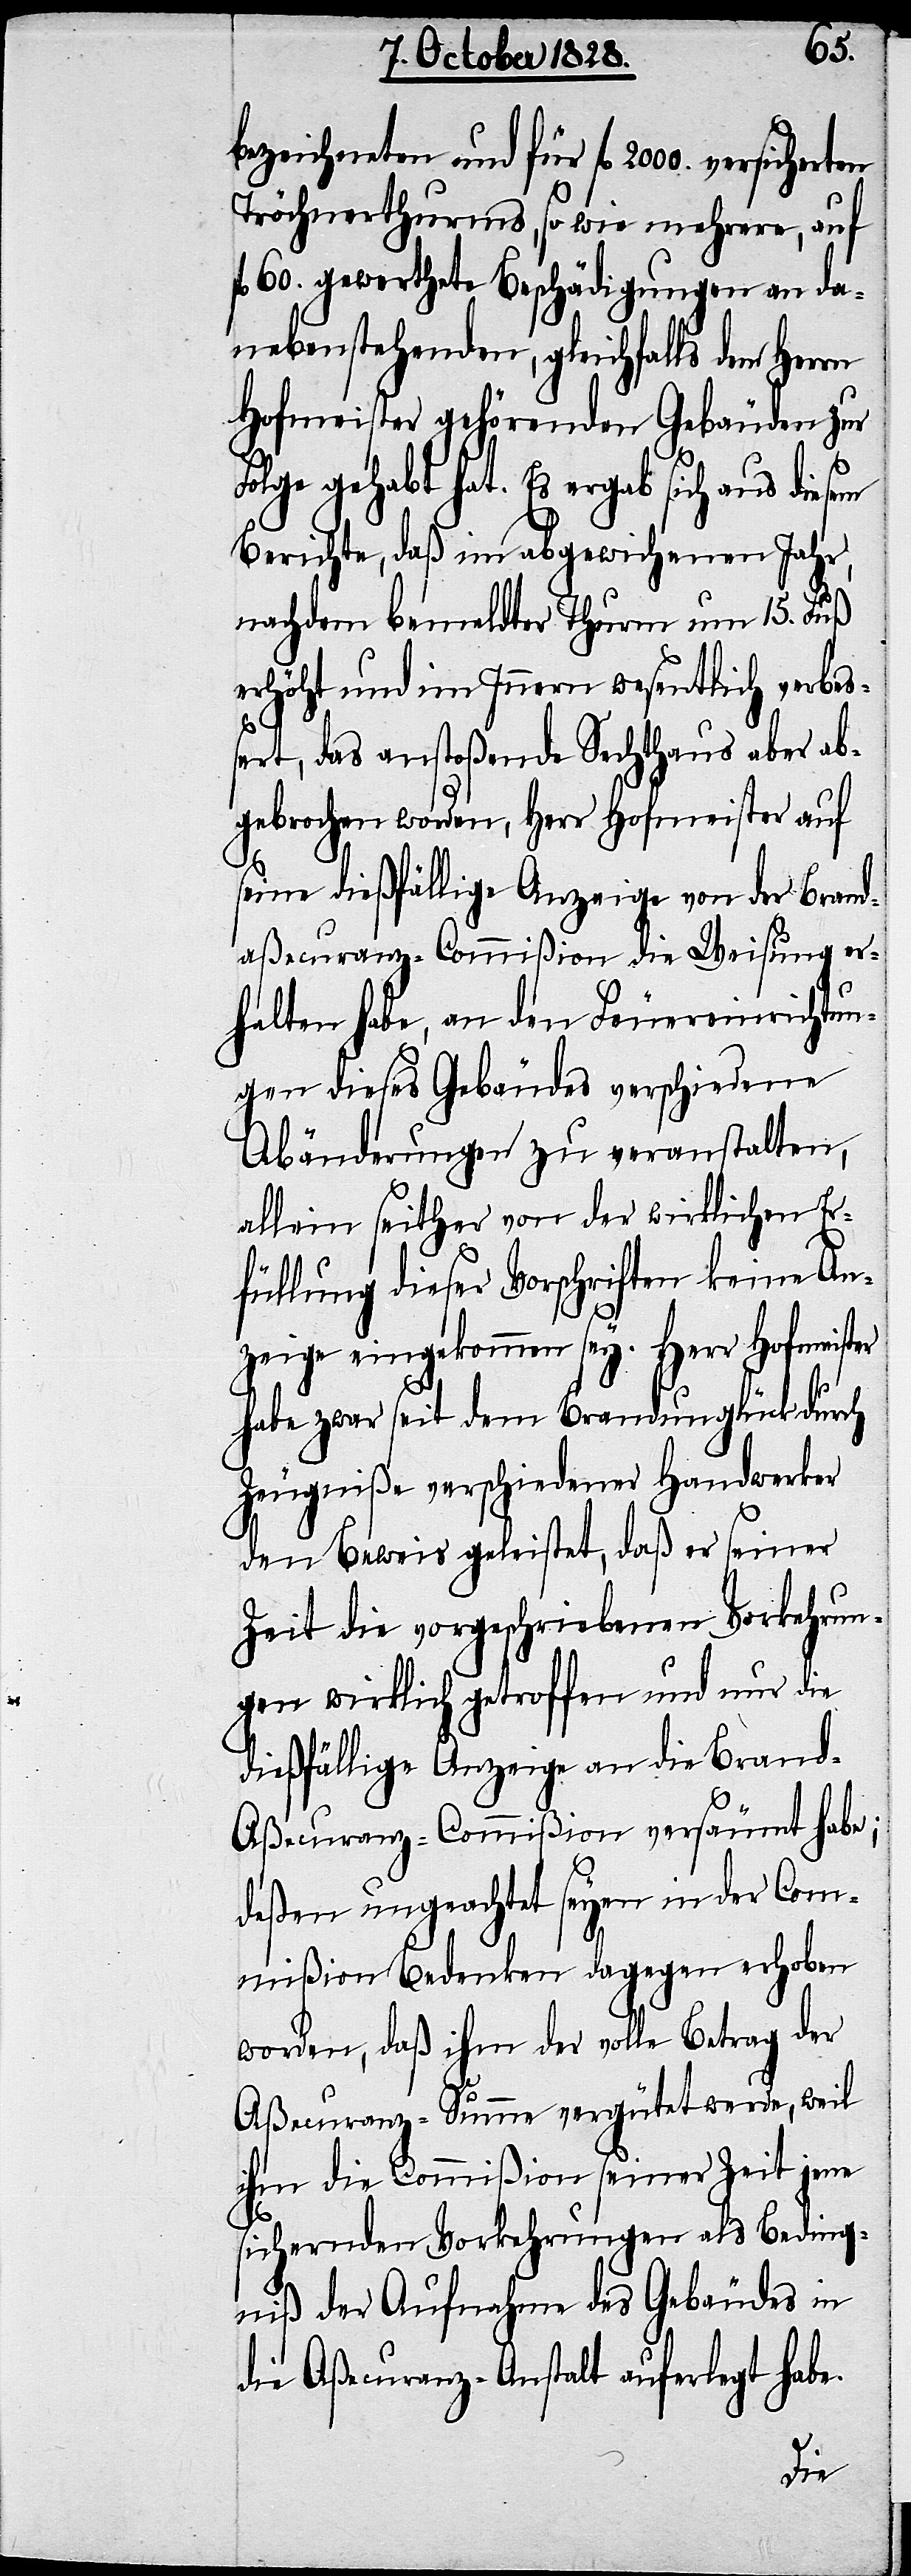
bezeichneten und für fl. 2000. versiche¬
Tröchnerthurms, so wie mehrere, auf
fl. 60. gewerthete Beschädigungen an da¬
nebenstehenden, gleichfalls dem Herrn
Hofmeister gehörenden Gebäuden zur
Folge gehabt hat. Es ergab sich aus diesem
Berichte, daß im abgewichenen Jahr,
nachdem bemeldter Thurm um 15. Fuß
erhöht und im Innern wesentlich verbeß¬
rten
ert, das anstoßende Sechthaus aber ab¬
gebrochen worden, Herr Hofmeister auf
seine dießfällige Anzeige von der Brand¬
aßecuranz-Commißion die Weisung er¬
halten habe, an den Feuereinrichtun¬
gen dieses Gebäudes verschiedene
Abänderungen zu veranstalten,
allein seither von der wirklichen Er¬
füllung dieser Vorschriften keine An¬
zeige eingekommen sey. Herr Hofmeister
habe zwar seit dem Brandunglück durch
Zeugniße verschiedener Handwerker
den Beweis geleistet, daß er seiner
Zeit die vorgeschriebenen Vorkehrun¬
gen wirklich getroffen und nur die
dießfällige Anzeige an die Bran¬
d-Aßecuranz-Commißion versäumt habe;
deßen ungeachtet seyen in der Com¬
mißion Bedenken dagegen erhoben
worden, daß ihm der volle Betrag der
Aßecuranz-Summe vergütet werde, weil
ihm die Commißion seiner Zeit jene
sichernden Vorkehrungen als Beding¬
niß der Aufnahme des Gebäudes in
die Aßecuranz-Anstalt auferlegt habe.